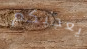
يعجبكم